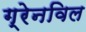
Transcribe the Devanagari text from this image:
ग्रेनविल